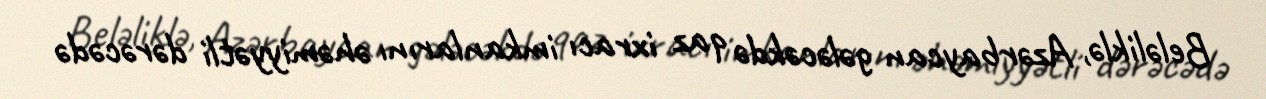
Beləliklə, Azərbaycan gələcəkdə qaz ixracı imkanlarını əhəmiyyətli dərəcədə